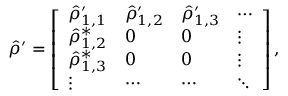
\hat { \rho } ^ { \prime } = \left[ \begin{array} { l l l l } { \hat { \rho } _ { 1 , 1 } ^ { \prime } } & { \hat { \rho } _ { 1 , 2 } ^ { \prime } } & { \hat { \rho } _ { 1 , 3 } ^ { \prime } } & { \cdots } \\ { \hat { \rho } _ { 1 , 2 } ^ { * } } & { 0 } & { 0 } & { \vdots } \\ { \hat { \rho } _ { 1 , 3 } ^ { * } } & { 0 } & { 0 } & { \vdots } \\ { \vdots } & { \cdots } & { \cdots } & { \ddots } \end{array} \right] ,